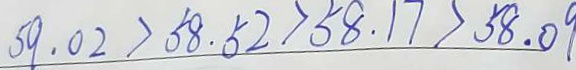
5 9 . 0 2 > 5 8 . 5 2 > 5 8 . 1 7 > 5 8 . 0 9